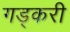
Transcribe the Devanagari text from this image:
गड्करी